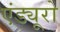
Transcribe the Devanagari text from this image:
एंड्यूरो